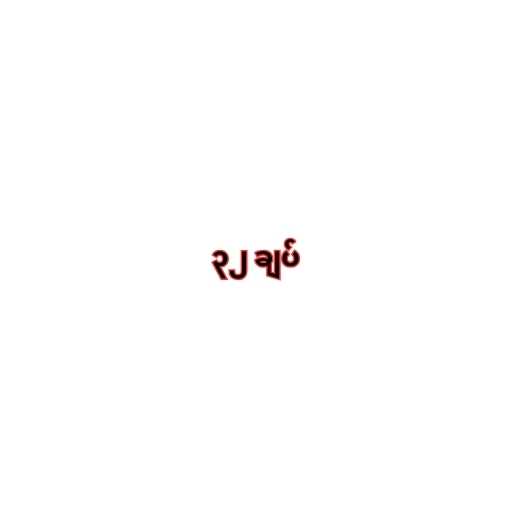
၃၂ ချပ်